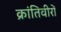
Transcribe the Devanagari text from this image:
क्रांतिवीरों